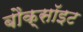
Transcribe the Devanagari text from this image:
बौक्सॉइट